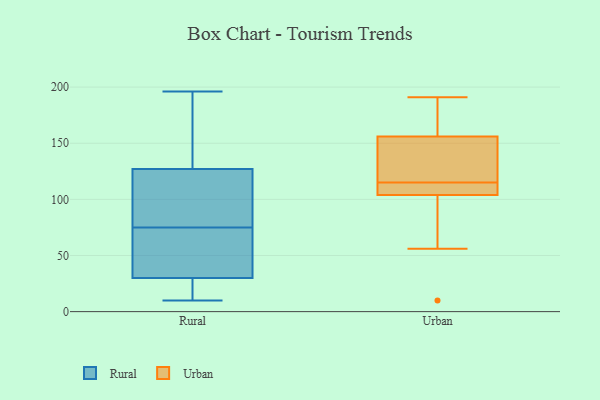
{"axis": {"x": "Gross Profit (USD K)", "y": "Value"}, "legend": ["Rural", "Urban"], "data": [{"x": "", "y": 171, "type": "Rural"}, {"x": "", "y": 196, "type": "Rural"}, {"x": "", "y": 26, "type": "Rural"}, {"x": "", "y": 30, "type": "Rural"}, {"x": "", "y": 76, "type": "Rural"}, {"x": "", "y": 74, "type": "Rural"}, {"x": "", "y": 54, "type": "Rural"}, {"x": "", "y": 127, "type": "Rural"}, {"x": "", "y": 10, "type": "Rural"}, {"x": "", "y": 92, "type": "Rural"}, {"x": "", "y": 118, "type": "Urban"}, {"x": "", "y": 102, "type": "Urban"}, {"x": "", "y": 91, "type": "Urban"}, {"x": "", "y": 156, "type": "Urban"}, {"x": "", "y": 108, "type": "Urban"}, {"x": "", "y": 191, "type": "Urban"}, {"x": "", "y": 166, "type": "Urban"}, {"x": "", "y": 137, "type": "Urban"}, {"x": "", "y": 10, "type": "Urban"}, {"x": "", "y": 178, "type": "Urban"}, {"x": "", "y": 173, "type": "Urban"}, {"x": "", "y": 115, "type": "Urban"}, {"x": "", "y": 104, "type": "Urban"}, {"x": "", "y": 109, "type": "Urban"}, {"x": "", "y": 115, "type": "Urban"}, {"x": "", "y": 104, "type": "Urban"}, {"x": "", "y": 148, "type": "Urban"}, {"x": "", "y": 56, "type": "Urban"}]}